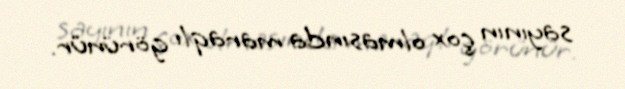
sayının çox olmasında maraqlı görünür.